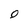
Character: 0